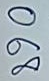
068